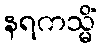
နရကသ္မိံ